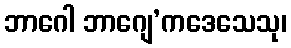
ဘာဂေါ ဘာဂျေ’ကဒေသေသု၊